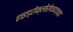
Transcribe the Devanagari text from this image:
हाइड्रोक्लोरोथायज़ाइड